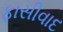
ફાસીવાદ